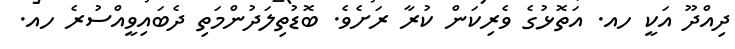
ދިއްދޫ އަކީ ހއ. އަތޮޅުގެ ވެރިކަން ކުރާ ރަށެވެ. ބޮޑުތިލަދުންމަތި ދެބައިވީއްސުރެ ހއ.